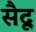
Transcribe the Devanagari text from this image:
सैदू